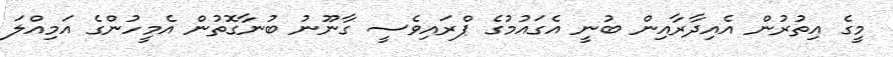
މީގެ އިތުރުން އެއިދާރާއިން ބުނީ އެގައުމުގެ ޕްރައިވެސީ ގާނޫނު ބުނާގޮތުން އެމީހުންގެ އަމިއްލަ